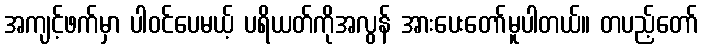
အကျင့်ဖက်မှာ ပါဝင်ပေမယ့် ပရိယတ်ကိုအလွန် အားပေးတော်မူပါတယ်။ တပည့်တော်